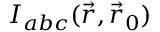
{ \cal I } _ { a b c } ( \vec { r } , \vec { r } _ { 0 } )